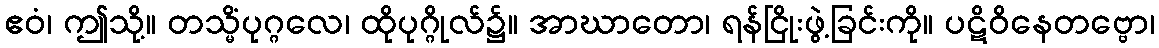
ဧဝံ၊ ဤသို့။ တသ္မိံပုဂ္ဂလေ၊ ထိုပုဂ္ဂိုလ်၌။ အာဃာတော၊ ရန်ငြိုးဖွဲ့ခြင်းကို။ ပဋိဝိနေတဗ္ဗော၊